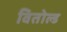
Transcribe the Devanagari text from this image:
वितोल्ड